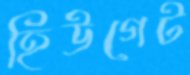
হিউগেট